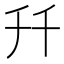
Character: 𠦅